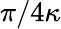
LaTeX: \pi/4\kappa